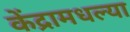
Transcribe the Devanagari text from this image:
केंद्रामधल्या